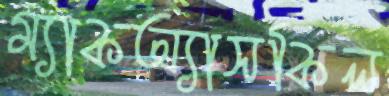
ম্যাকঅ্যাসকিল